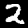
Label: 2